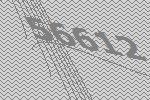
56612